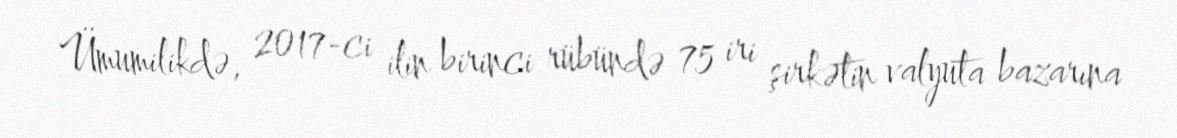
Ümumilikdə, 2017-ci ilin birinci rübündə 75 iri şirkətin valyuta bazarına